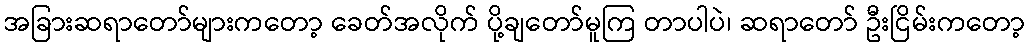
အခြားဆရာတော်များကတော့ ခေတ်အလိုက် ပို့ချတော်မူကြ တာပါပဲ၊ ဆရာတော် ဦးငြိမ်းကတော့